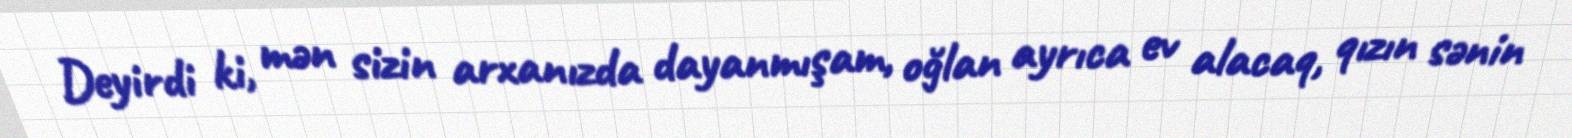
Deyirdi ki, mən sizin arxanızda dayanmışam, oğlan ayrıca ev alacaq, qızın sənin